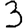
Digit: 3